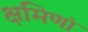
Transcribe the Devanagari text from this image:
क्षमिणां